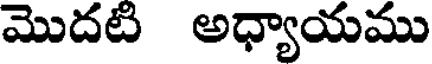
మొదట అధ్యాయము